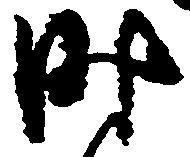
時